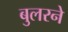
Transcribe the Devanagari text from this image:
बुलरने